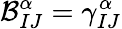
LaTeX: \mathcal{B}_{IJ}^{\alpha}=\gamma_{IJ}^{\alpha}